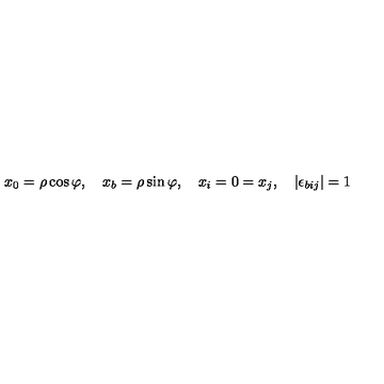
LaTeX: x _ { 0 } = \rho \cos \varphi , \quad x _ { b } = \rho \sin \varphi , \quad x _ { i } = 0 = x _ { j } , \quad \left| \epsilon _ { b i j } \right| = 1